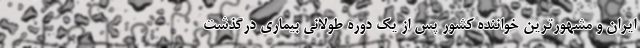
ایران و مشهورترین خواننده کشور پس از یک دوره طولانی بیماری درگذشت